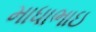
માધાભાઇ